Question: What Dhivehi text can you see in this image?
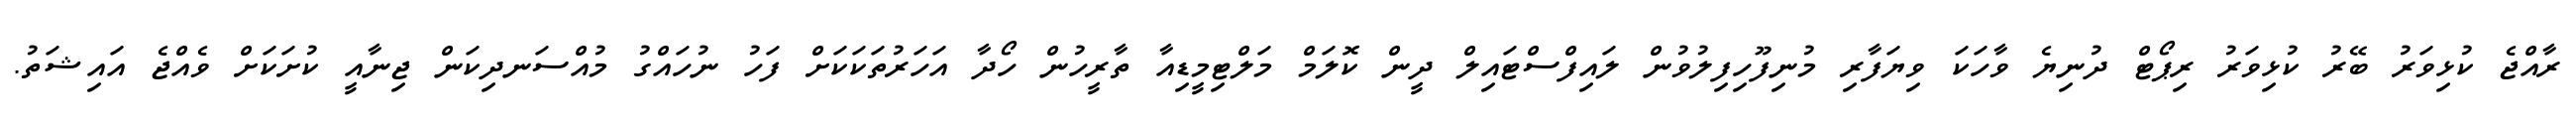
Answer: ރާއްޖެ ކުޅިވަރު ބޭރު ކުޅިވަރު ރިޕޯޓް ދުނިޔެ ވާހަކަ ވިޔަފާރި މުނިފޫހިފިލުވުން ލައިފްސްޓައިލް ދީން ކޮލަމް މަލްޓިމީޑިއާ ތާރީހުން ހޯދާ އަހަރުތަކަކަށް ފަހު ނުހައްގު މުއްސަނދިކަން ޖިނާއީ ކުށަކަށް ވެއްޖެ އައިޝަތު.